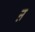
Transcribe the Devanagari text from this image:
ऩ